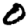
Digit: 0